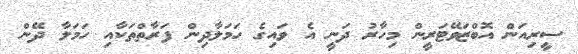
ސީރިއަން އޮބްޒަވޭޓަރީން މިހާރު ދަނީ އެ ވައިގެ ހަމަލާދިން ފަރާތްތަކާއި ހަމަލާ ދޭން